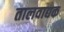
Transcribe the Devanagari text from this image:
तालवाद्यक